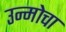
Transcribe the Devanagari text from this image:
उन्मोचा